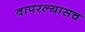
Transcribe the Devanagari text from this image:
वापरल्यासच